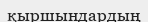
қыршындардың